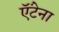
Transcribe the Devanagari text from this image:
ऍंटेना